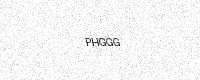
Text: PHGGG